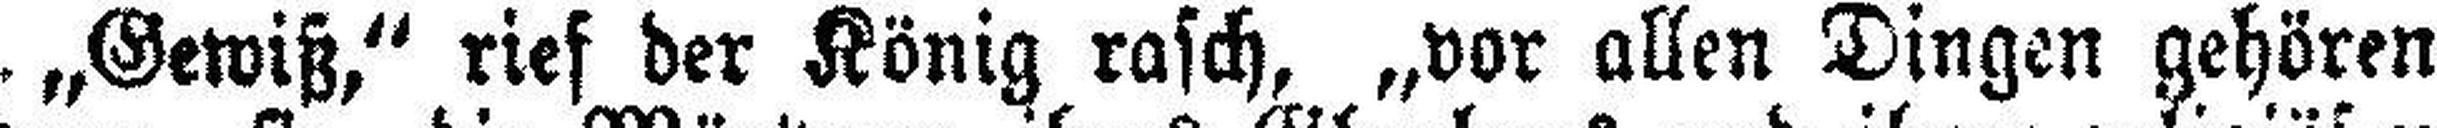
„Gewiß,“ rief der König rasch, „vor allen Dingen gehören